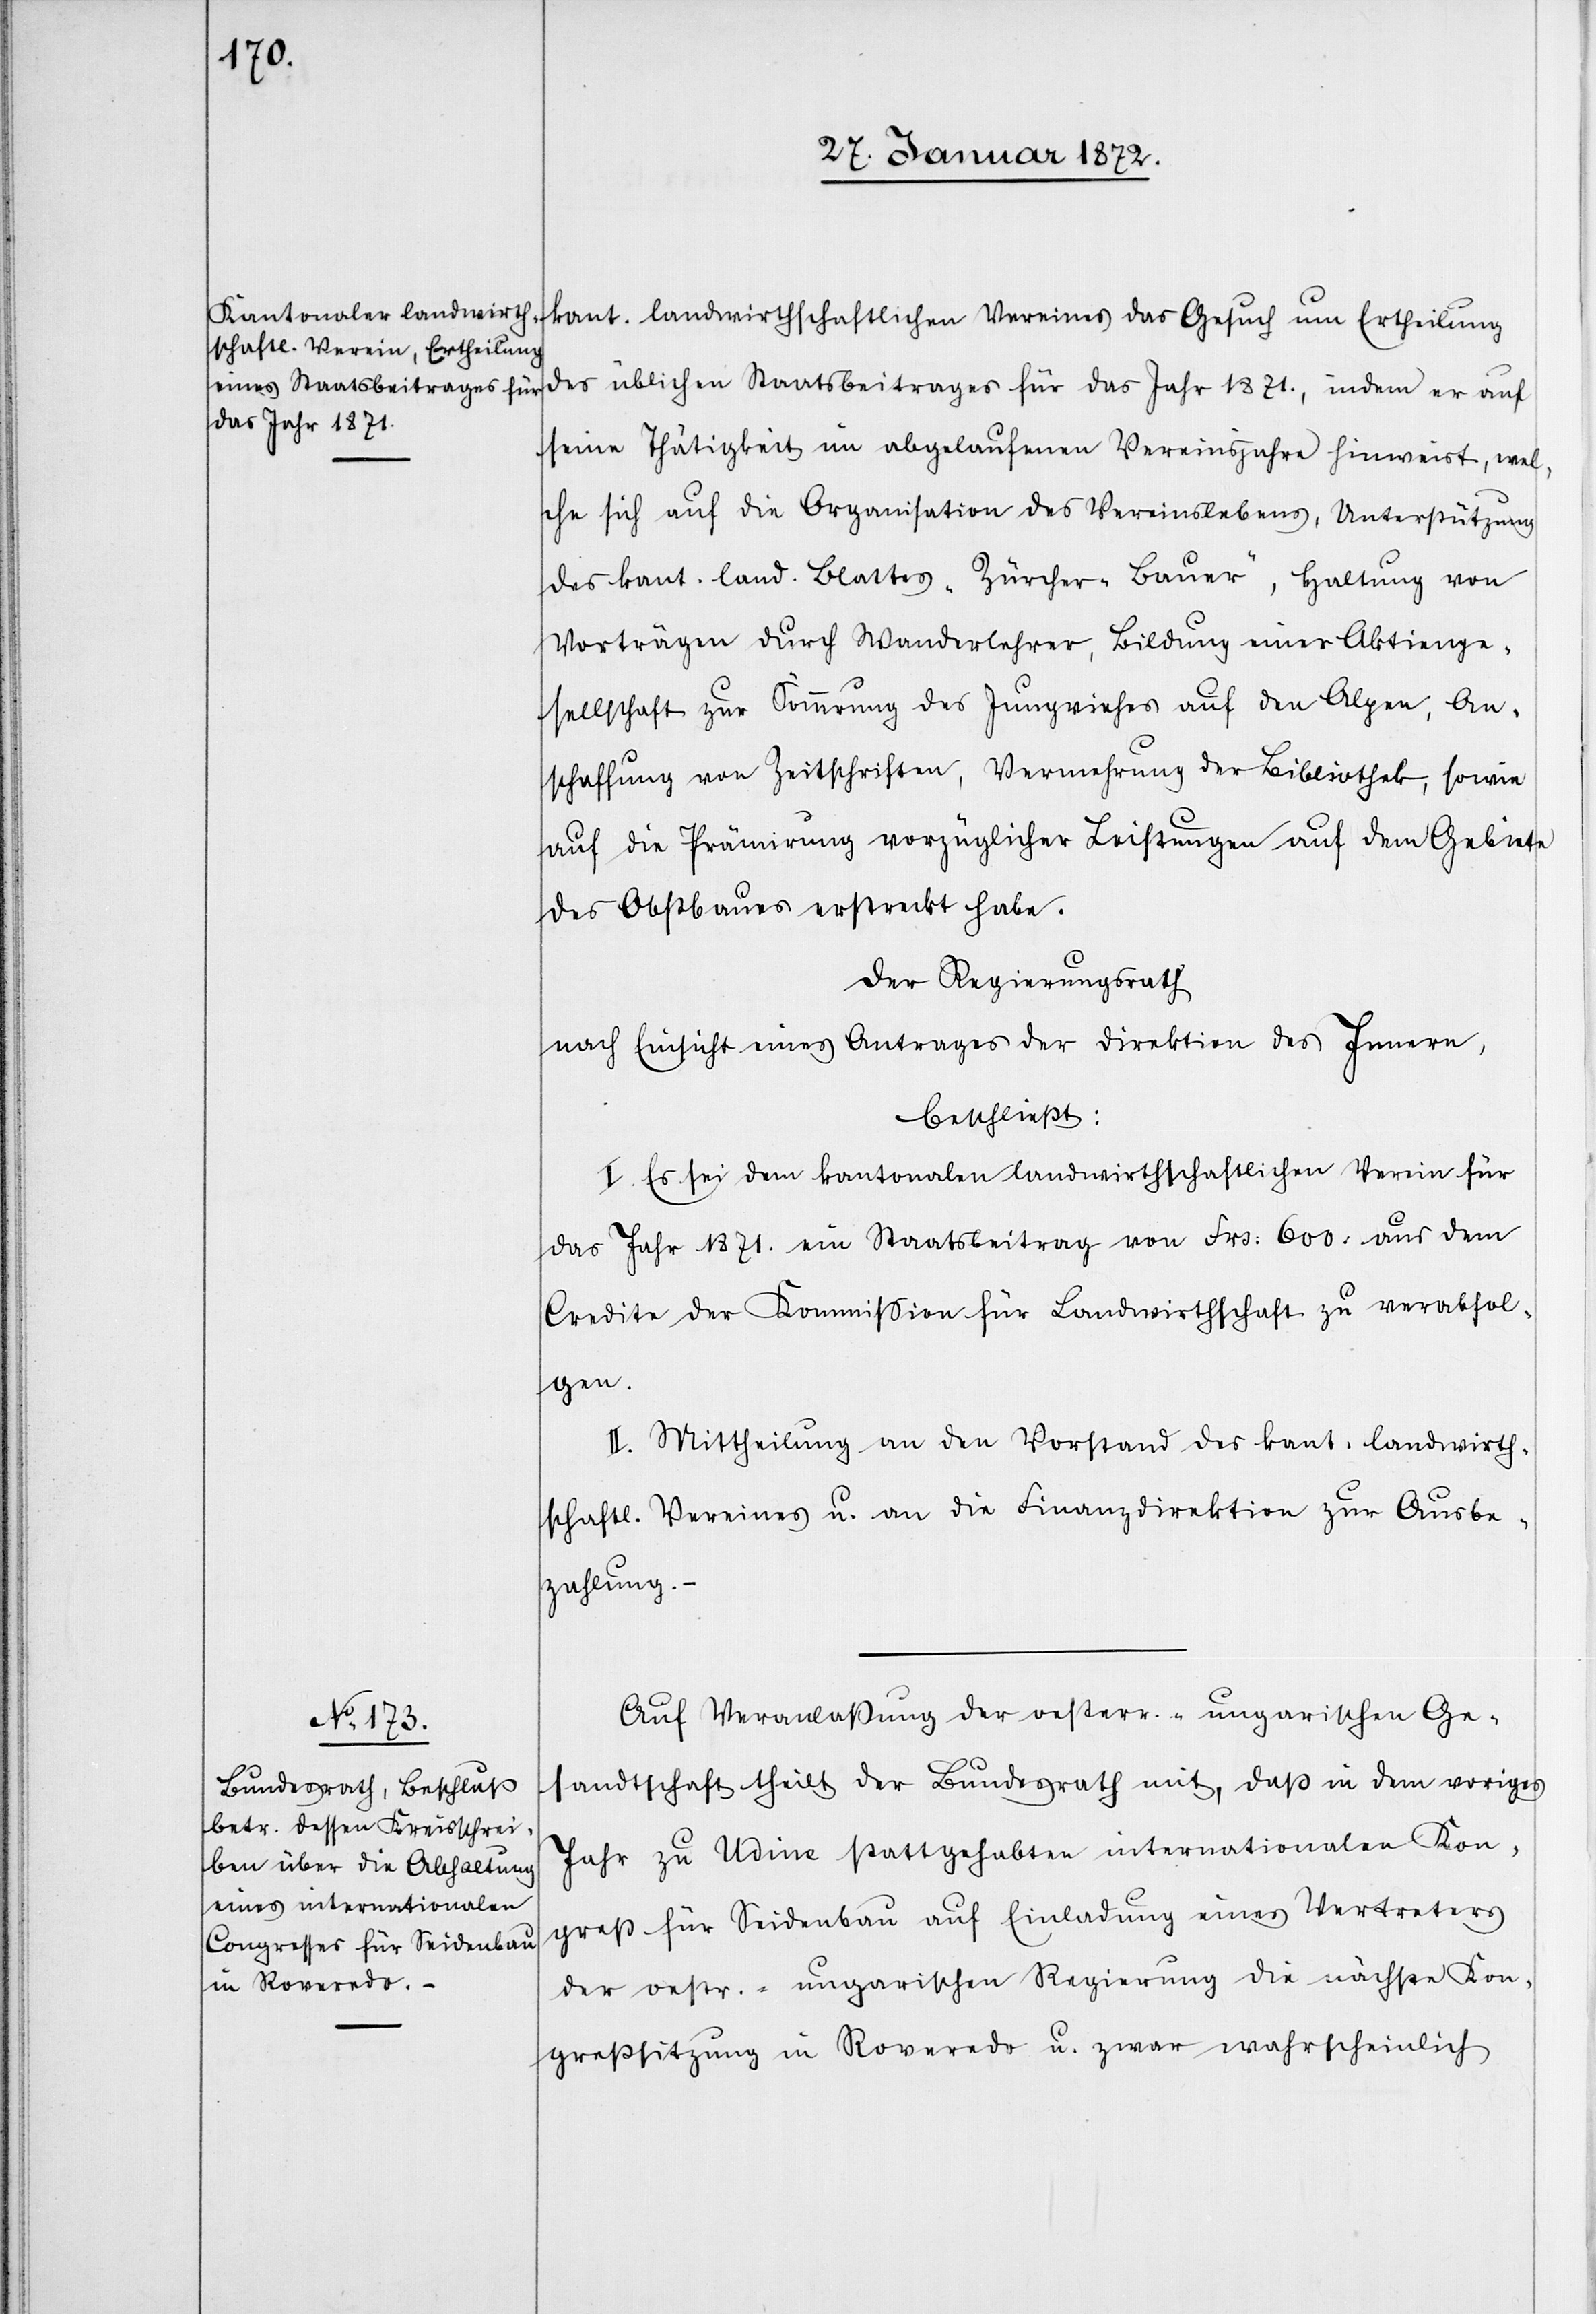
kant. landwirthschaftlichen Vereines das Gesuch um Ertheilung
des üblichen Staatsbeitrages für das Jahr 1871, indem er auf
seine Thätigkeit im abgelaufenen Vereinsjahre hinweist, wel¬
che sich auf die Organisation des Vereinslebens, Unterstützung
des kant. land. Blattes „Zürcher Bauer“, Haltung von
Vorträgen durch Wanderlehrer, Bildung einer Aktienge¬
sellschaft zur Sömmrung des Jungviehes auf den Alpen, An¬
schaffung von Zeitschriften, Vermehrung der Bibliothek, sowie
auf die Prämirung vorzüglicher Leistungen auf dem Gebiete
des Obstbaues erstreckt habe.
Der Regierungsrath
nach Einsicht eines Antrages der Direkton des Innern,
beschließt:
I. Es sei dem kantonalen landwirthschaftlichen Verein für
das Jahr 1871. ein Staatsbeitrag von Frs: 600, aus dem
Credite der Kommission für Landwirthschaft zu verabfol¬
gen.
II. Mittheilung an den Vorstand des kant. landwirth¬
schaftl. Vereines u. an die Finanzdirektion zur Ausbe¬
zahlung.
Auf Veranlaßung der oesterr.-ungarischen Ge¬
sandtschaft theilt der Bundesrath mit, daß in dem voriges
Jahr zu Udine stattgehabten internationalen Kon¬
greß für Seidenbau auf Einladung eines Vertreters
der oestr.-ungarischen Regierung die nächste Kon¬
greßsitzung in Roveredo u. zwar wahrscheinlich